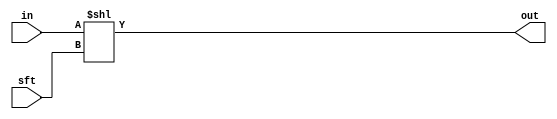
`ifndef SHIFT_V
`define SHIFT_V

// BEGIN SHIFTING MODULES
// Shift one bit to the left
module LSHIFT(in,sft,out);
    input [15:0] in;
	input 		 sft;
    output reg [15:0] out;

    // Chop off greatest bit and concat 0 as least bit 
	always @(in,sft,out) begin
    	out <= in << sft;
	end
endmodule // LSHIFT

// Shift one bit to the right
module RSHIFT(in,sft,out);
    input [15:0] in;
	input 		 sft;
    output reg [15:0] out;

    // Chop off least bit and concat 0 as greatest bit 
	always @(in,sft,out) begin
  		out <= in >> sft;
	end
endmodule // RSHIFT
// END SHIFT MODULES

`endif